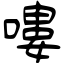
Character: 嘍